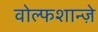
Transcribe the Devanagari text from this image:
वोल्फशान्ज़े